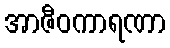
အာဇီဝကာရဏာ